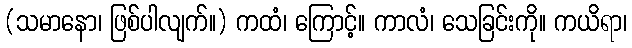
(သမာနော၊ ဖြစ်ပါလျက်။) ကထံ၊ ကြောင့်။ ကာလံ၊ သေခြင်းကို။ ကယိရာ၊